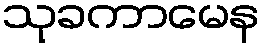
သုခကာမေန